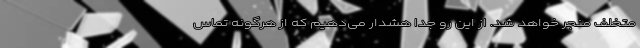
متخلف منجر خواهد شد. از این رو جدا هشدار می‌دهیم که از هرگونه تماس